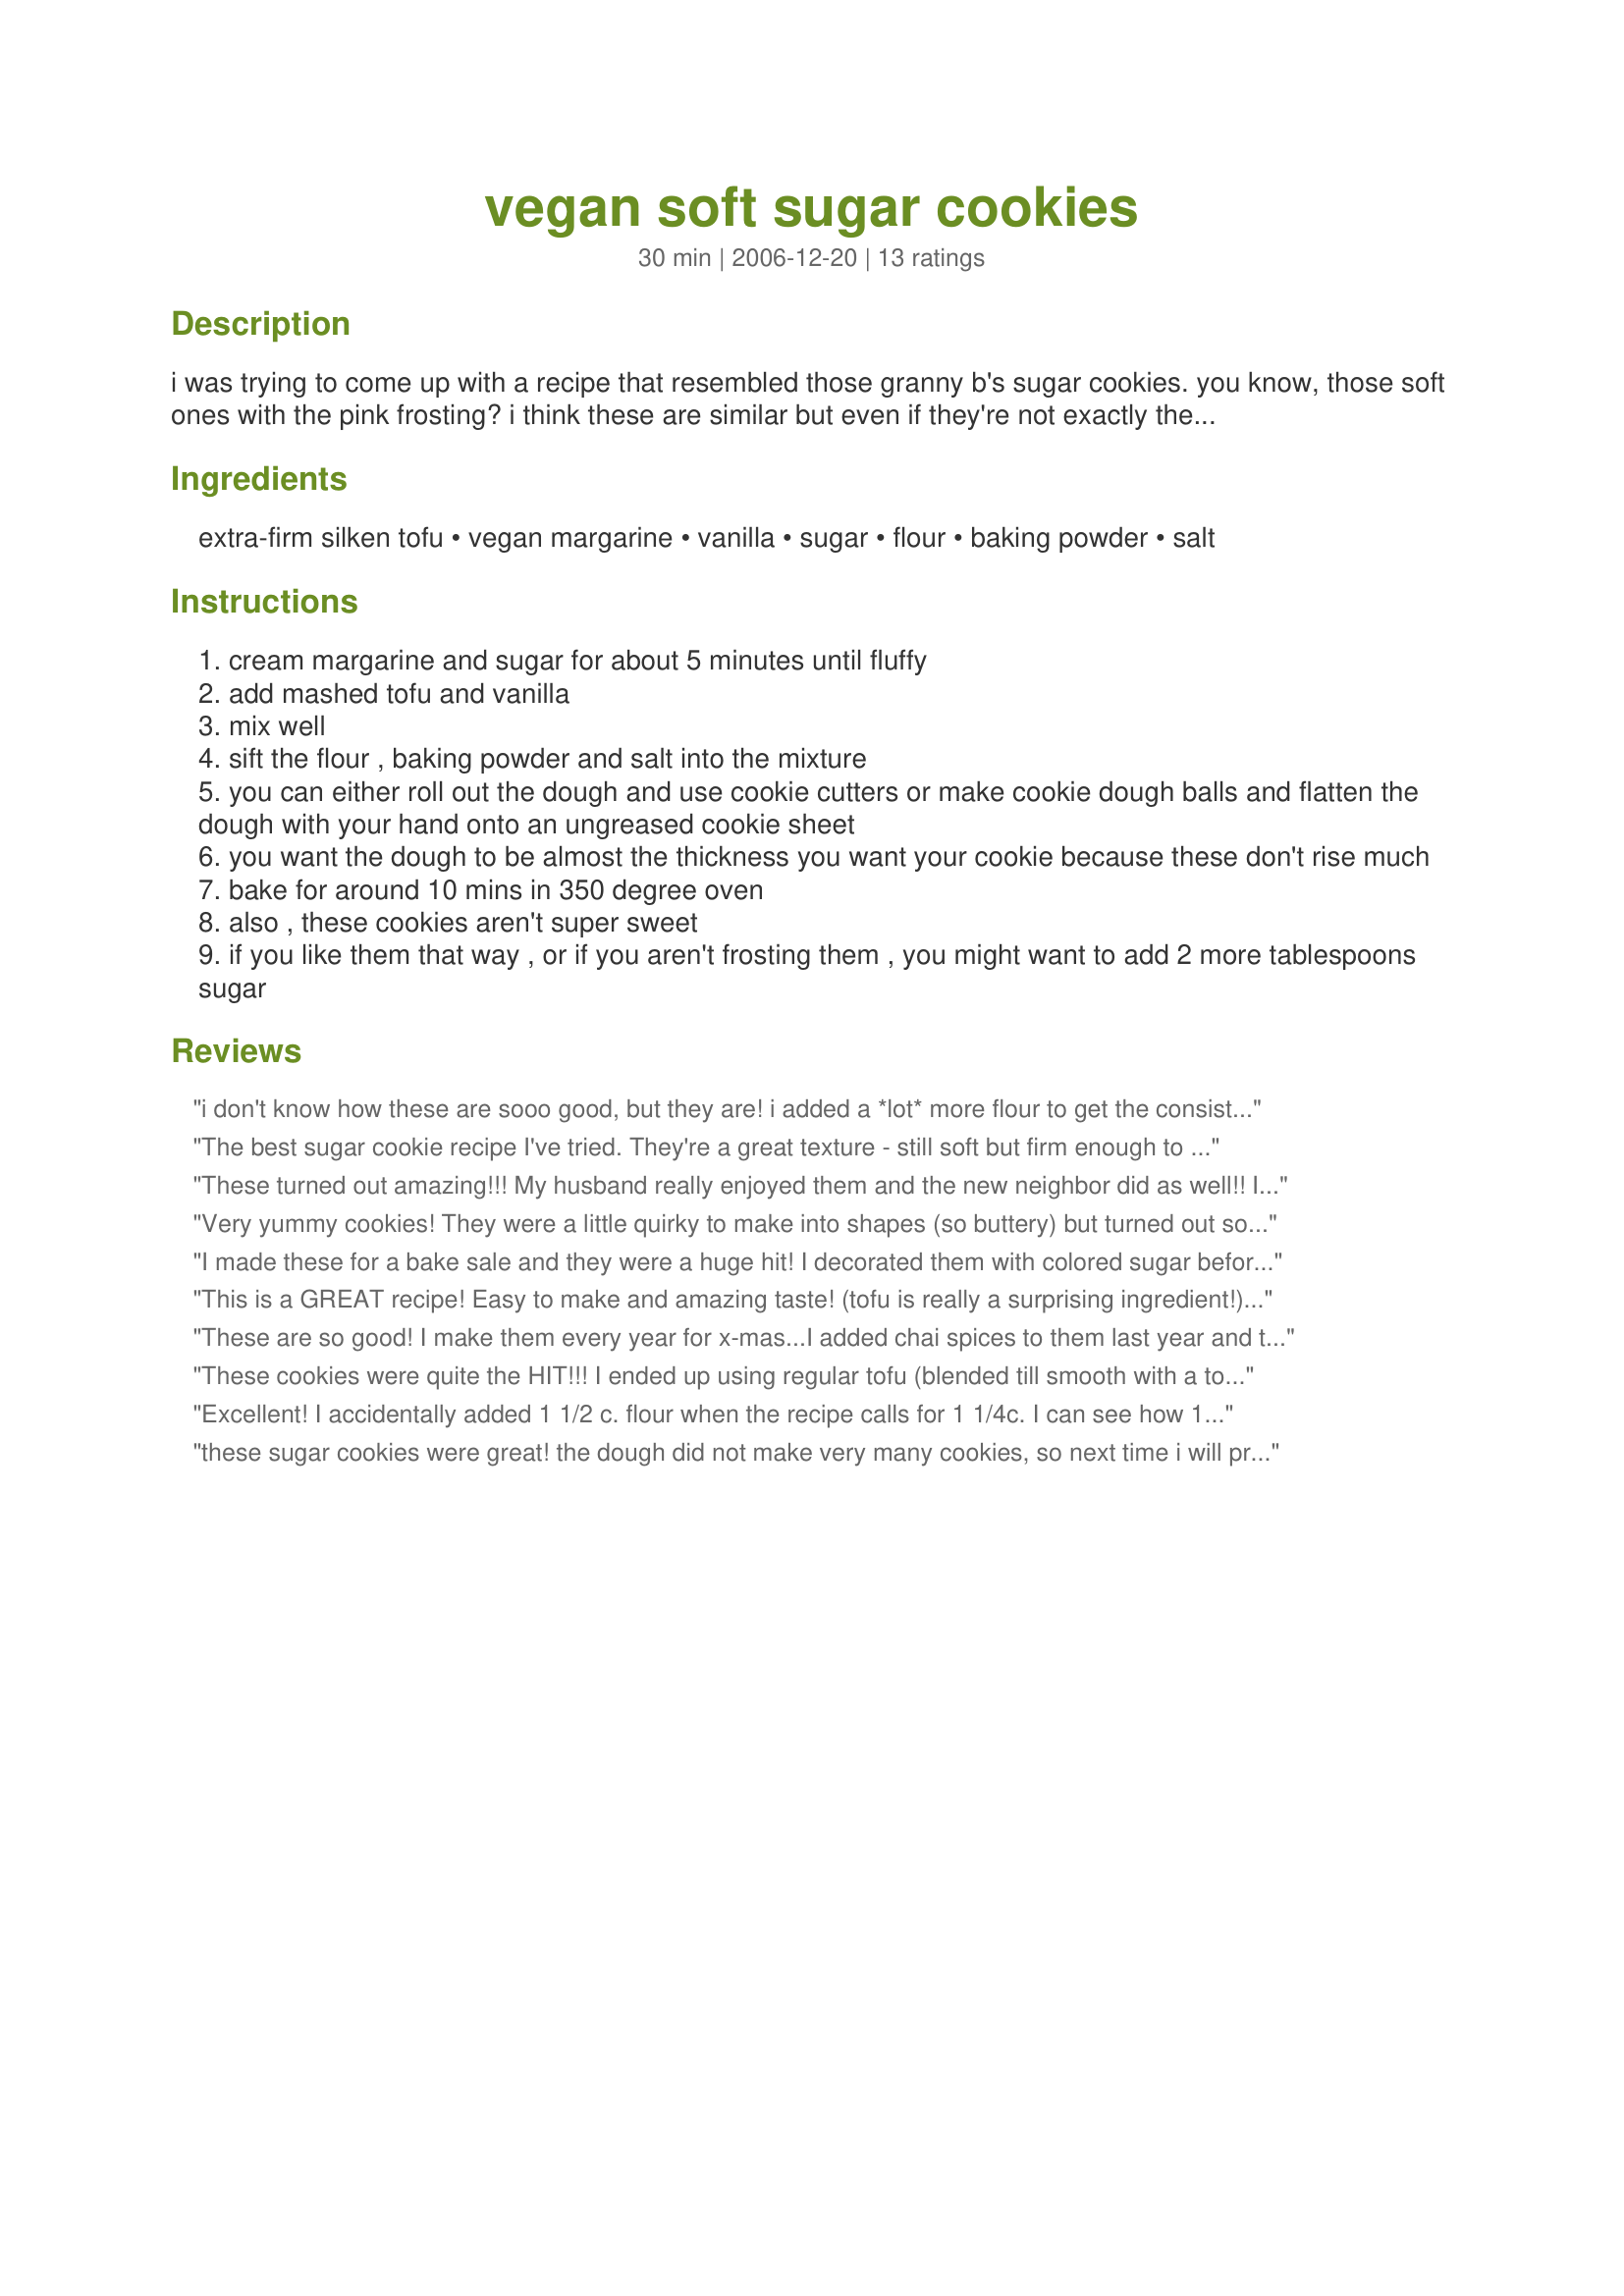
vegan soft sugar cookies
Preparation time: 30 minutes

i was trying to come up with a recipe that resembled those granny b's sugar cookies. you know, those soft ones with the pink frosting? i think these are similar but even if they're not exactly the same, they're still good!

Ingredients:
extra-firm silken tofu, vegan margarine, vanilla, sugar, flour, baking powder, salt

Steps:
cream margarine and sugar for about 5 minutes until fluffy
add mashed tofu and vanilla
mix well
sift the flour , baking powder and salt into the mixture
you can either roll out the dough and use cookie cutters or make cookie dough balls and flatten the dough with your hand onto an ungreased cookie sheet
you want the dough to be almost the thickness you want your cookie because these don't rise much
bake for around 10 mins in 350 degree oven
also , these cookies aren't super sweet
if you like them that way , or if you aren't frosting them , you might want to add 2 more tablespoons sugar

Reviews:
i don't know how these are sooo good, but they are! i added a *lot* more flour to get the consistency i wanted, (fluffier), i might have added 1 3/4 cup. so good!
The best sugar cookie recipe I've tried. They're a great texture - still soft but firm enough to hold up to decorating. Yum!
These turned out amazing!!! My husband really enjoyed them and the new neighbor did as well!! I really didn't want to open a thing of tofu for just a couple tablespoons and we really weren't in the mood to eat the left over so I just used the same amount of applesauce which I had open & it turned out great!! Rolled them in cinnamon sugar & they are almost gone. Thanks!!!!
Very yummy cookies! They were a little quirky to make into shapes (so buttery) but turned out soft and sweet as promised. Thanks for the great recipe!
I made these for a bake sale and they were a huge hit! I decorated them with colored sugar before baking. These were more popular than most of the nonvegan cookies!
This is a GREAT recipe! Easy to make and amazing taste! (tofu is really a surprising ingredient!) It was my first time making vegan cookies and I am glad that it was successful!
These are so good! I make them every year for x-mas...I added chai spices to them last year and they were so good I'll be doing that every time from now on!
These cookies were quite the HIT!!! I ended up using regular tofu (blended till smooth with a touch of water) instead of the silken tofu, and it worked just fine!!<br/>I made a double batch and they were gobbled up lickety split at the small party I went to!
Excellent!
I accidentally added 1 1/2 c. flour when the recipe calls for 1 1/4c. I can see how 1 1/4c. might not be enough, and 1 1/2 c. might be slightly too much. Next time, I'll use an amount somewhere in between. I formed them into balls and rolled them in cinnamon sugar, then flattened them with the back of a spoon. Huge hit with my husband... and I didn't tell him they were vegan.
these sugar cookies were great! the dough did not make very many cookies, so next time i will probably make a double batch and cut out cookies with a smallish cookie cutter. be sure to add cinnamon sugar to them before you bake so they'll come out extra tasty!
These were DELICIOUS! I just made them and when the first batch came out of the oven, EVERYONE in my family came running. Good thing I made a double batch! I used 1/2 whole wheat flour and used my small cookie scoop. I got 3 dozen cookies. They are definitely a keeper! Thanks for posting. Now if they will only make it to the freezer..... I made them to put in lunches for the next few weeks........ :-)
These were amazing! I added some sprinkles to the dough and just scooped them out with a cookie scoop and left them as is to bake. I will be making these again and again! I also made little ice cream sandwiches out of these with vegan vanilla. Thanks for a great recipe!
I made this recipe and then pressed it into a nine inch cake pan for one really big cookie, which worked out great. <br/>Will be my go-to sugar cookie for sure--thanks!
